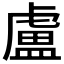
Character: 盧